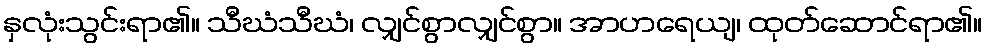
နှလုံးသွင်းရာ၏။ သီဃံသီဃံ၊ လျှင်စွာလျှင်စွာ။ အာဟရေယျ၊ ထုတ်ဆောင်ရာ၏။